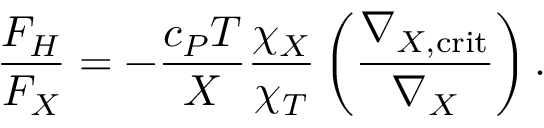
{ \frac { F _ { H } } { F _ { X } } } = - { \frac { c _ { P } T } { X } } { \frac { \chi _ { X } } { \chi _ { T } } } \left( { \frac { \nabla _ { X , \mathrm { c r i t } } } { \nabla _ { X } } } \right) .